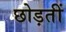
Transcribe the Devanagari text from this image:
छोड़तीं